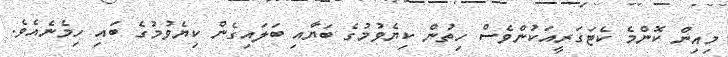
މިއިން ކޮންމެ ކެޓަގަރީއަކުންވެސް ހިތުން ކިޔެވުމުގެ ބަޔާއި ބަލައިގެން ކިޔެވުމުގެ ބައި ހިމެނެއެވެ.